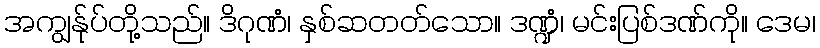
အကျွန်ုပ်တို့သည်။ ဒိဂုဏံ၊ နှစ်ဆတတ်သော။ ဒဏ္ဍံ၊ မင်းပြစ်ဒဏ်ကို။ ဒေမ၊